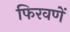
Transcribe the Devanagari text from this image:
फिरवणें